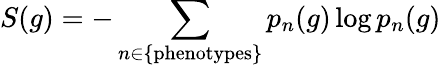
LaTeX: S(g)=-\sum_{n\in\mathrm{\{ phenotypes\} }}p_{n}(g)\log p_{n}(g)